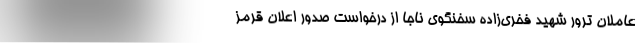
عاملان ترور شهید فخری‌زاده سخنگوی ناجا از درخواست صدور اعلان قرمز